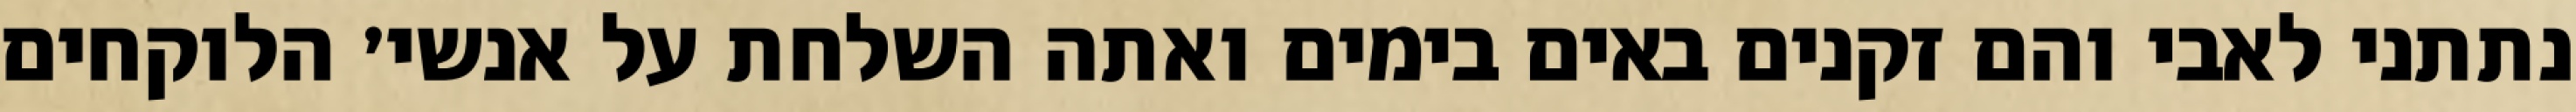
נתתני לאבי והם זקנים באים בימים ואתה השלחת על אנשי׳ הלוקחים